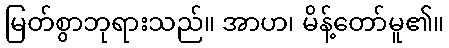
မြတ်စွာဘုရားသည်။ အာဟ၊ မိန့်တော်မူ၏။